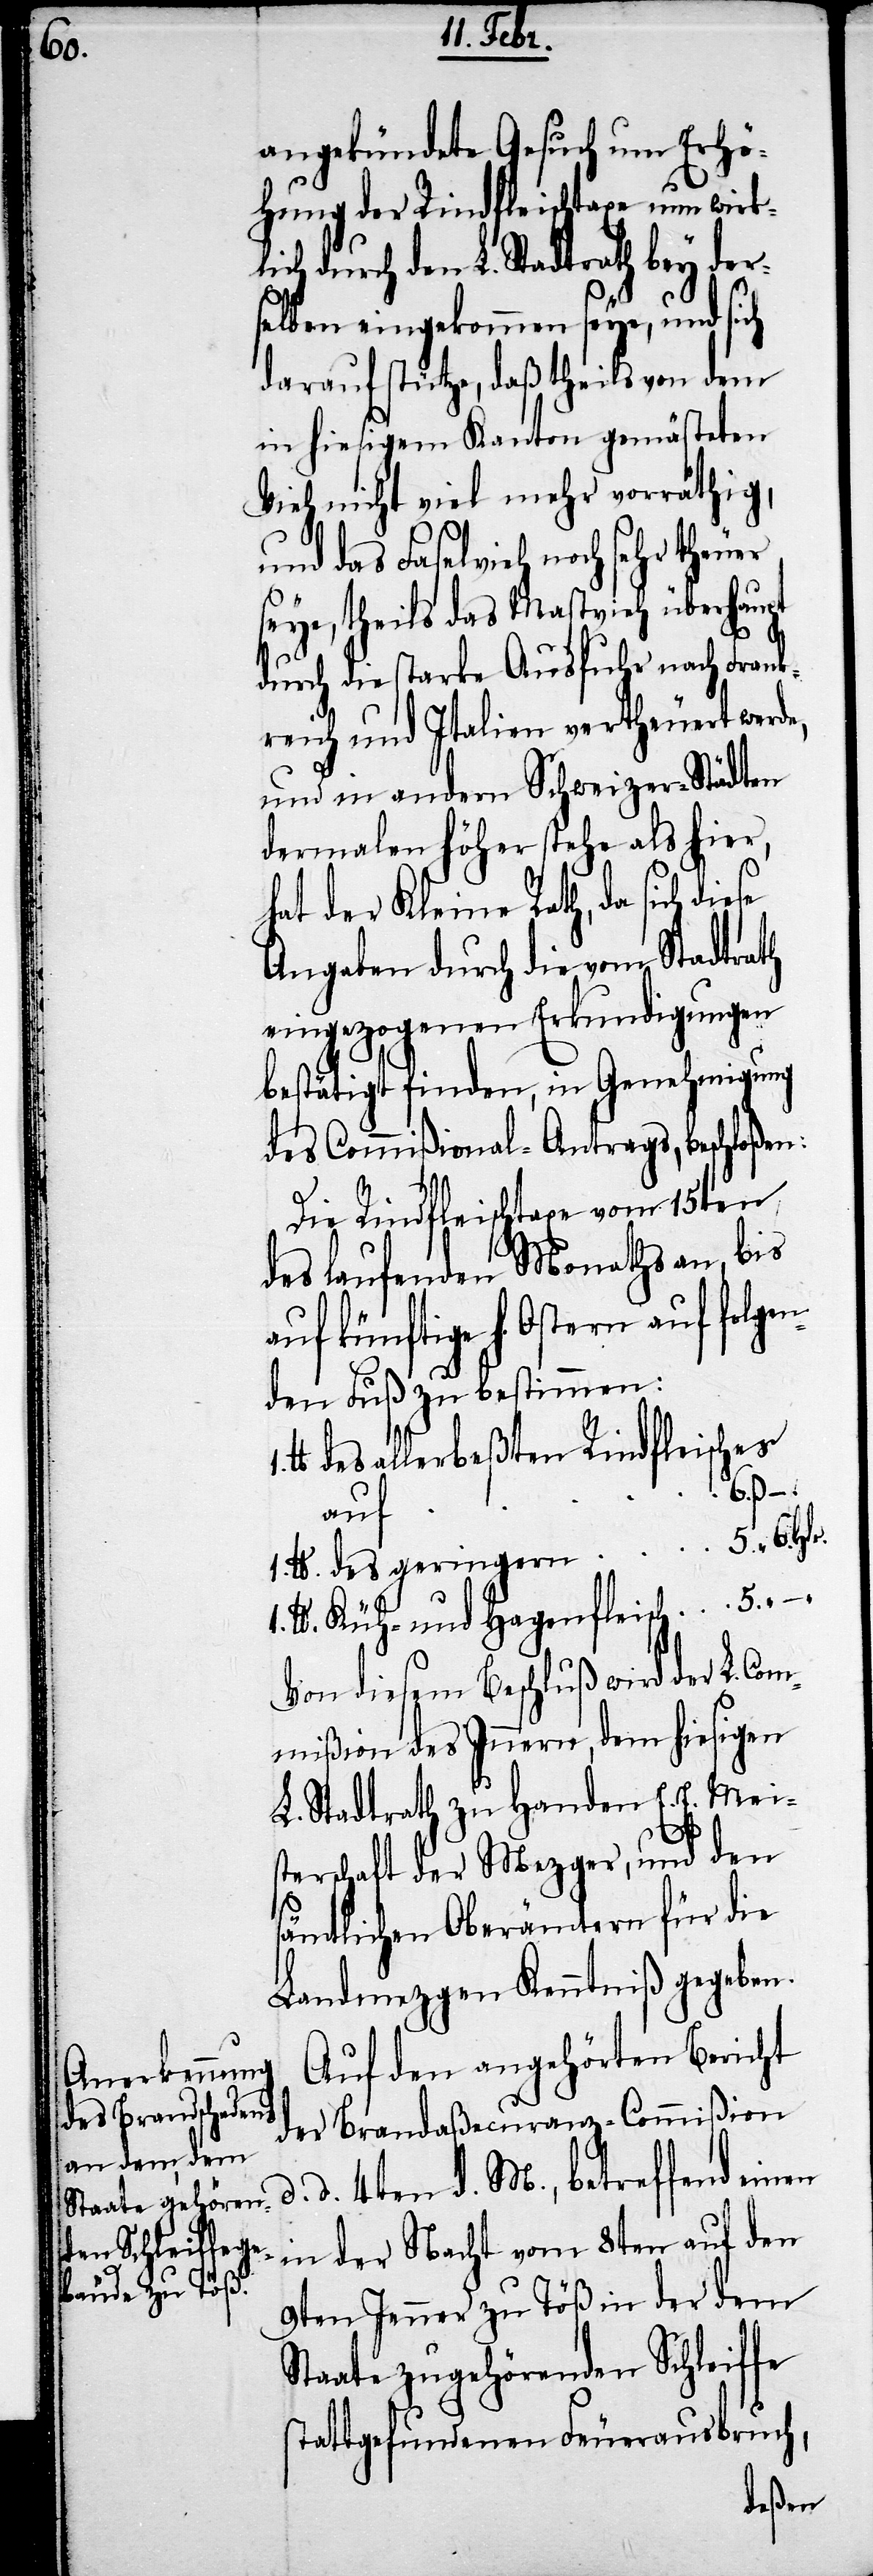
angekündete Gesuch um Erhö¬
hung der Rindfleischtaxe nun wirk¬
lich durch den L. Stadtrath bey der¬
selben eingekommen seye, und sich
darauf stütze, daß theils von dem
in hiesigem Kanton gemästeten
Vieh nicht viel mehr vorräthig,
und das Faselvieh noch sehr theuer
seye, theils das Mastvieh überhaupt
durch die starke Ausfuhr nach Frank¬
reich und Italien vertheuert werde,
und in andern Schweizer-Städten
dermalen höher stehe als hier,
hat der Kleine Rath, da sich diese
Angaben durch die vom Stadtrath
eingezogenen Erkundigungen
bestätigt finden, in Genehmigung
des Commißional-Antrags, beschloßen:
Die Rindfleischtaxe vom 15ten
des laufenden Monaths an, bis
auf künftige h. Ostern auf folgen¬
den Fuß zu bestimmen:
lb. des allerbeßten Rindleisches
ß.
1. lb.
lb. Küh- und Hagenfleisch				5.
Von diesem Beschluß wird der L. Com¬
mißion des Innern, dem hiesigen
L. Stadtrath zu Handen E. E. Meis¬
terschaft der Mezger, und den
sämtlichen Oberämtern für die
Landmezgen Kenntniß gegeben.
Auf den angehörten Bericht
der Brandaßecuranz-Commißion
d. 14ten d. M., betreffend einen
in der Nacht vom 8ten auf den
9ten Jenner zu Töß in der dem
Staate zugehörenden Schleiffe
stattgefundenen Feuerausbruch,